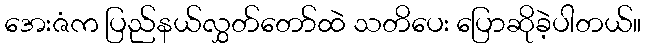
အေးဇံက ပြည်နယ်လွှတ်တော်ထဲ သတိပေး ပြောဆိုခဲ့ပါတယ်။